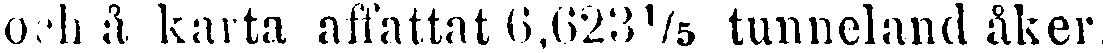
och å karta affattat 6,623⅙ tunneland åker